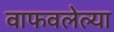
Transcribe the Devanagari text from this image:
वाफवलेल्या